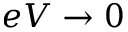
e V \rightarrow 0